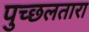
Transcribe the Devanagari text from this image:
पुच्छलतारा